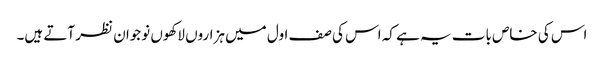
اس کی خاص بات یہ ہے کہ اس کی صف اول میں ہزاروں لاکھوں نوجوان نظر آتے ہیں۔